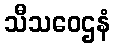
သီသဝေဌနံ